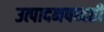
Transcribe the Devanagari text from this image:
उत्पादनपध्दती